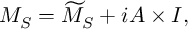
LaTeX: M _ { S } = \widetilde { M } _ { S } + i { \cal A } \times I ,